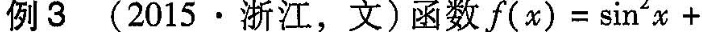
例3(2015·浙江，文)函数$$f(x)=\sin^{2}x+$$